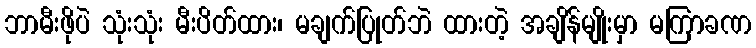
ဘာမီးဖိုပဲ သုံးသုံး မီးပိတ်ထား၊ မချက်ပြုတ်ဘဲ ထားတဲ့ အချိန်မျိုးမှာ မကြာခဏ